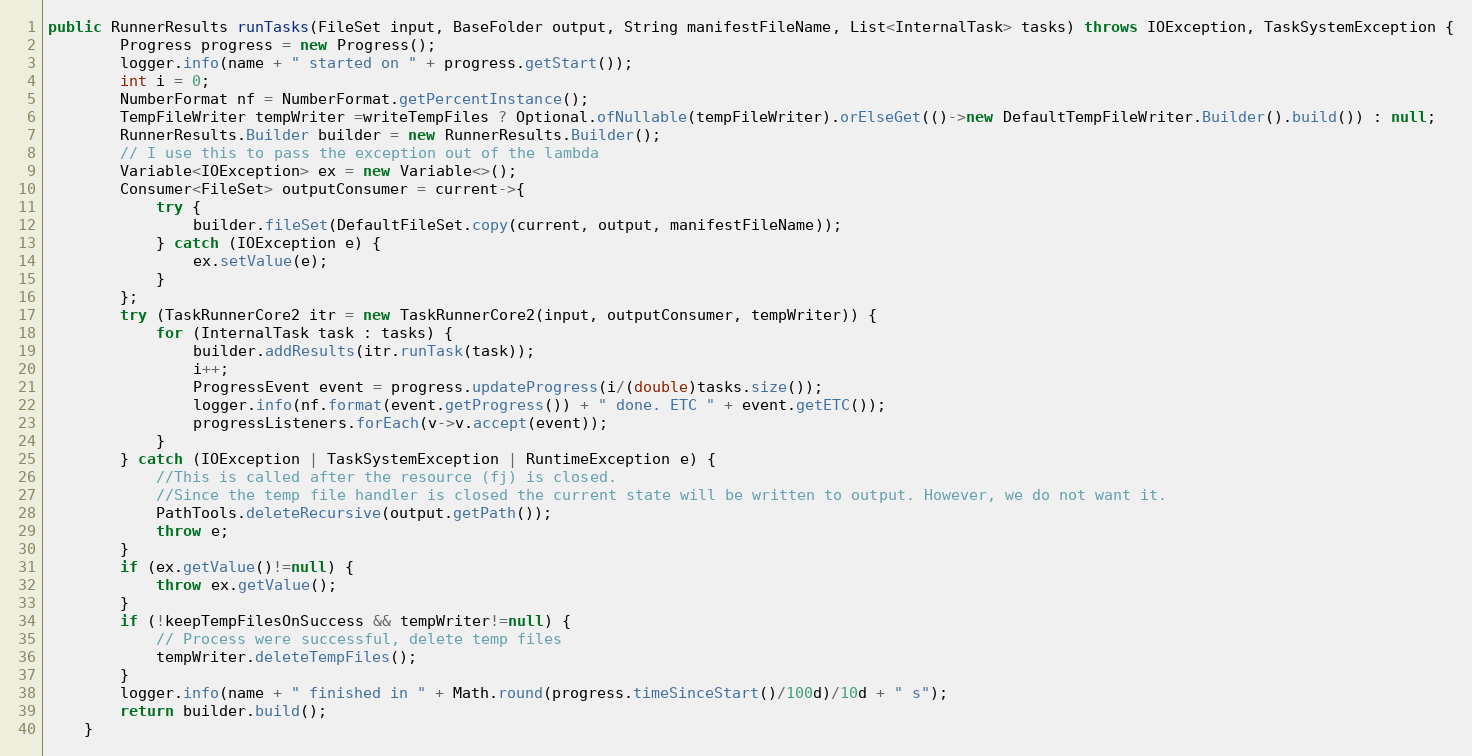
Language: Java
public RunnerResults runTasks(FileSet input, BaseFolder output, String manifestFileName, List<InternalTask> tasks) throws IOException, TaskSystemException {
		Progress progress = new Progress();
		logger.info(name + " started on " + progress.getStart());
		int i = 0;
		NumberFormat nf = NumberFormat.getPercentInstance();
		TempFileWriter tempWriter =writeTempFiles ? Optional.ofNullable(tempFileWriter).orElseGet(()->new DefaultTempFileWriter.Builder().build()) : null;
		RunnerResults.Builder builder = new RunnerResults.Builder();
		// I use this to pass the exception out of the lambda
		Variable<IOException> ex = new Variable<>();
		Consumer<FileSet> outputConsumer = current->{
			try {
				builder.fileSet(DefaultFileSet.copy(current, output, manifestFileName));
			} catch (IOException e) {
				ex.setValue(e);
			}
		};
		try (TaskRunnerCore2 itr = new TaskRunnerCore2(input, outputConsumer, tempWriter)) {
			for (InternalTask task : tasks) {
				builder.addResults(itr.runTask(task));
				i++;
				ProgressEvent event = progress.updateProgress(i/(double)tasks.size());
				logger.info(nf.format(event.getProgress()) + " done. ETC " + event.getETC());
				progressListeners.forEach(v->v.accept(event));
			}
		} catch (IOException | TaskSystemException | RuntimeException e) {
			//This is called after the resource (fj) is closed.
			//Since the temp file handler is closed the current state will be written to output. However, we do not want it.
			PathTools.deleteRecursive(output.getPath());
			throw e;
		}
		if (ex.getValue()!=null) {
			throw ex.getValue();
		}
		if (!keepTempFilesOnSuccess && tempWriter!=null) {
			// Process were successful, delete temp files
			tempWriter.deleteTempFiles();
		}
		logger.info(name + " finished in " + Math.round(progress.timeSinceStart()/100d)/10d + " s");
		return builder.build();
	}